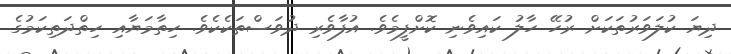
ދިޔަ ކުލަވަރުތަކަށް ރުހޭ ހާލު ކައިވެނި ކޮށްފީމެވެ. އުފާވެރި ދުވަސްތަކެކެވެ. ހިތާމަޔާއި ހިތްދަތިކަމުގެ